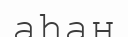
аһан